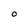
Character: O